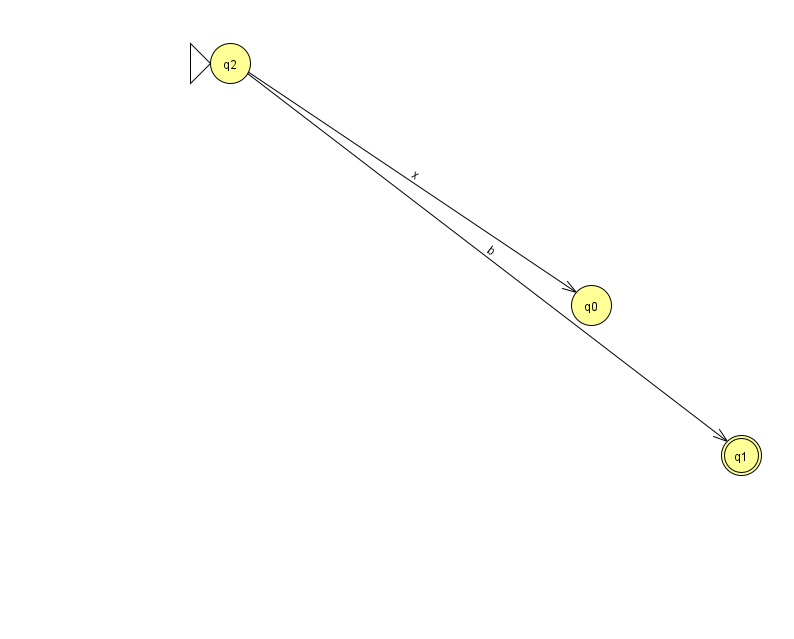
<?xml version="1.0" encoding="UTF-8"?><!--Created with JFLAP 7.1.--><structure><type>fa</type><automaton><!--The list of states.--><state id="0" name="q0"><x>591.0</x><y>292.0</y></state><state id="1" name="q1"><x>741.0</x><y>442.0</y><final/></state><state id="2" name="q2"><x>230.0</x><y>50.0</y><initial/></state><!--The list of transitions.--><transition><from>2</from><to>0</to><read>x</read></transition><transition><from>2</from><to>1</to><read>b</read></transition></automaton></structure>